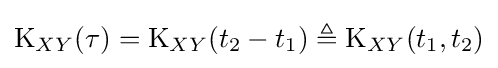
\operatorname {K} _{XY}(\tau )=\operatorname {K} _{XY}(t_{2}-t_{1})\triangleq \operatorname {K} _{XY}(t_{1},t_{2})